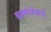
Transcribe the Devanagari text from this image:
ह्यासंबंधानें